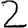
Digit: 2